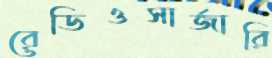
রেডিওসার্জারি